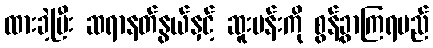
ထားခဲ့ပြီး ဆရာနတ်နွယ်နှင့် ဆူးပန်းကို စွန့်ခွာကြရမည်